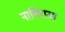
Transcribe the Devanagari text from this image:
नाभिराजा